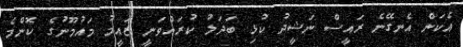
އެކަން އެނގޭނެ ރައީސް ނަޝީދު ކުޅި ބަދަލު ކުރައްވަނީ ޒައީމު މައުމޫނުގެ ކޮންމެ